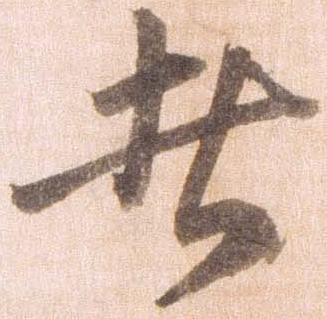
者